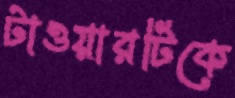
টাওয়ারটিকে